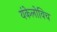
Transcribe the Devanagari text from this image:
यंकेलोविच